[Report on the health of British troops in the Madras command]
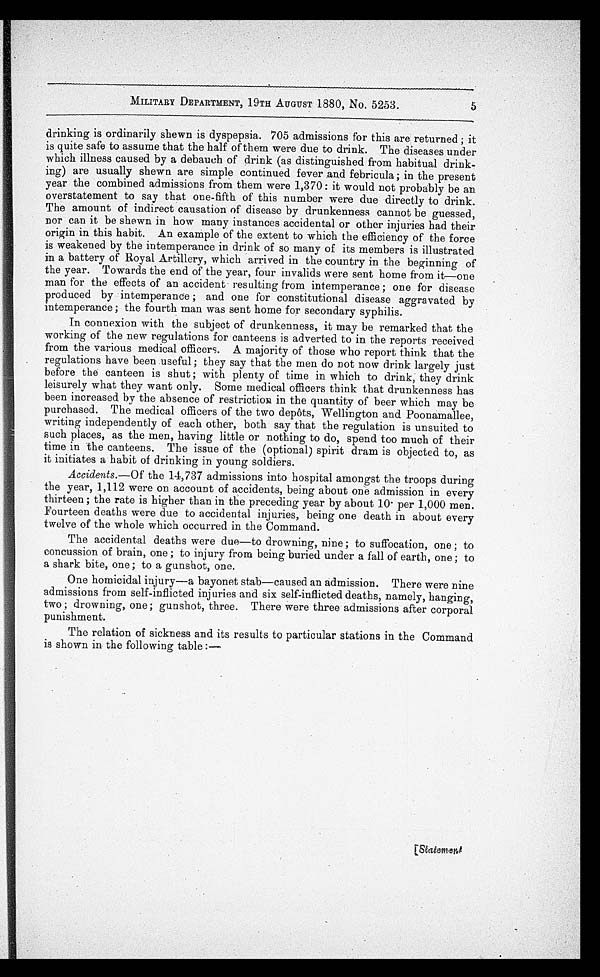
MILITARY DEPARTMENT, 19TH AUGUST 1880, No. 5253. 5
drinking is ordinarily shewn is dyspepsia. 705 admissions for this are returned ; it
is quite safe to assume that the half of them were due to drink. The diseases under
which illness caused by a debauch of drink (as distinguished from habitual drink
-ing) are usually shewn are simple continued fever and febricula; in the present
year the combined admissions from them were 1,370: it would not probably be an
overstatement to say that one-fifth of this number were due directly to drink.
The amount of indirect causation of disease by drunkenness cannot be guessed,
nor can it be shewn in how many instances accidental or other injuries had their
origin in this habit. An example of the extent to which the efficiency of the force
is weakened by the intemperance in drink of so many of its members is illustrated
in a battery of Royal Artillery, which arrived in the country in the beginning of
the year. Towards the end of the year, four invalids were sent home from it—one
man for the effects of an accident resulting from intemperance ; one for disease
produced by intemperance ; and one for constitutional disease aggravated by
intemperance ; the fourth man was sent home for secondary syphilis.
In connexion with the subject of drunkenness, it may be remarked that the
working of the new regulations for canteens is adverted to in the reports received
from the various medical officers. A majority of those who report think that the
regulations have been useful; they say that the men do not now drink largely just
before the canteen is shut ; with plenty of time in which to drink, they drink
leisurely what they want only. Some medical officers think that drunkenness has
been increased by the absence of restriction in the quantity of beer which may be
purchased. The medical officers of the two depôts, Wellington and Poonamallee,
writing independently of each other, both say that the regulation is unsuited to
such places, as the men, having little or nothing to do, spend too much of their
time in the canteens. The issue of the (optional) spirit dram is objected to, as
it initiates a habit of drinking in young soldiers.
Accidents. —Of the 14,737 admissions into hospital amongst the troops during
the year, 1,112 were on account of accidents, being about one admission in every
thirteen ; the rate is higher than in the preceding year by about 10. per 1,000 men.
Fourteen deaths were due to accidental injuries, being one death in about every
twelve of the whole which occurred in the Command.
The accidental deaths were due—to drowning, nine ; to suffocation, one ; to
concussion of brain, one ; to injury from being buried under a fall of earth, one ; to
a shark bite, one ; to a gunshot, one.
One homicidal injury—
a bayonet stab—caused an admission. There were nine
admissions from self-inflicted injuries and six self-inflicted deaths, namely, hanging,
two ; drowning, one ; gunshot, three. There were three admissions after corporal
punishment.
The relation of sickness and its results to particular stations in the Command
is shown in the following table :—
[
S t a t e m e n t